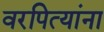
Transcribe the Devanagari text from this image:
वरपित्यांना